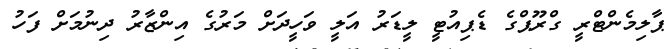
ޕާލިމެންޓްރީ ގްރޫޕްގެ ޑެޕިއުޓީ ލީޑަރު އަލީ ވަހީދަށް މަރުގެ އިންޒާރު ދިނުމަށް ފަހު